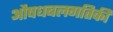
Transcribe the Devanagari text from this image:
औषधबलगतिकी